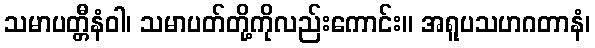
သမာပတ္တီနံဝါ၊ သမာပတ်တို့ကိုလည်းကောင်း။ အရူပသဟဂတာနံ၊